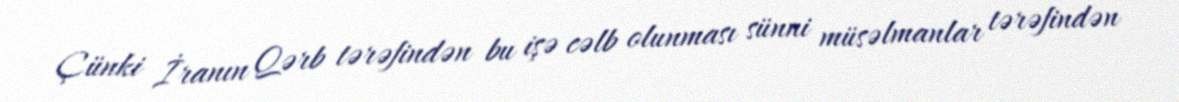
Çünki İranın Qərb tərəfindən bu işə cəlb olunması sünni müsəlmanlar tərəfindən